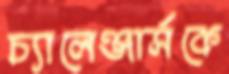
চ্যালেঞ্জার্সকে